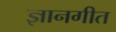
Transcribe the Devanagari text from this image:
ज्ञानगीत